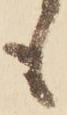
も